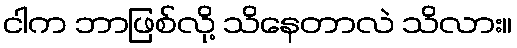
ငါက ဘာဖြစ်လို့ သိနေတာလဲ သိလား။